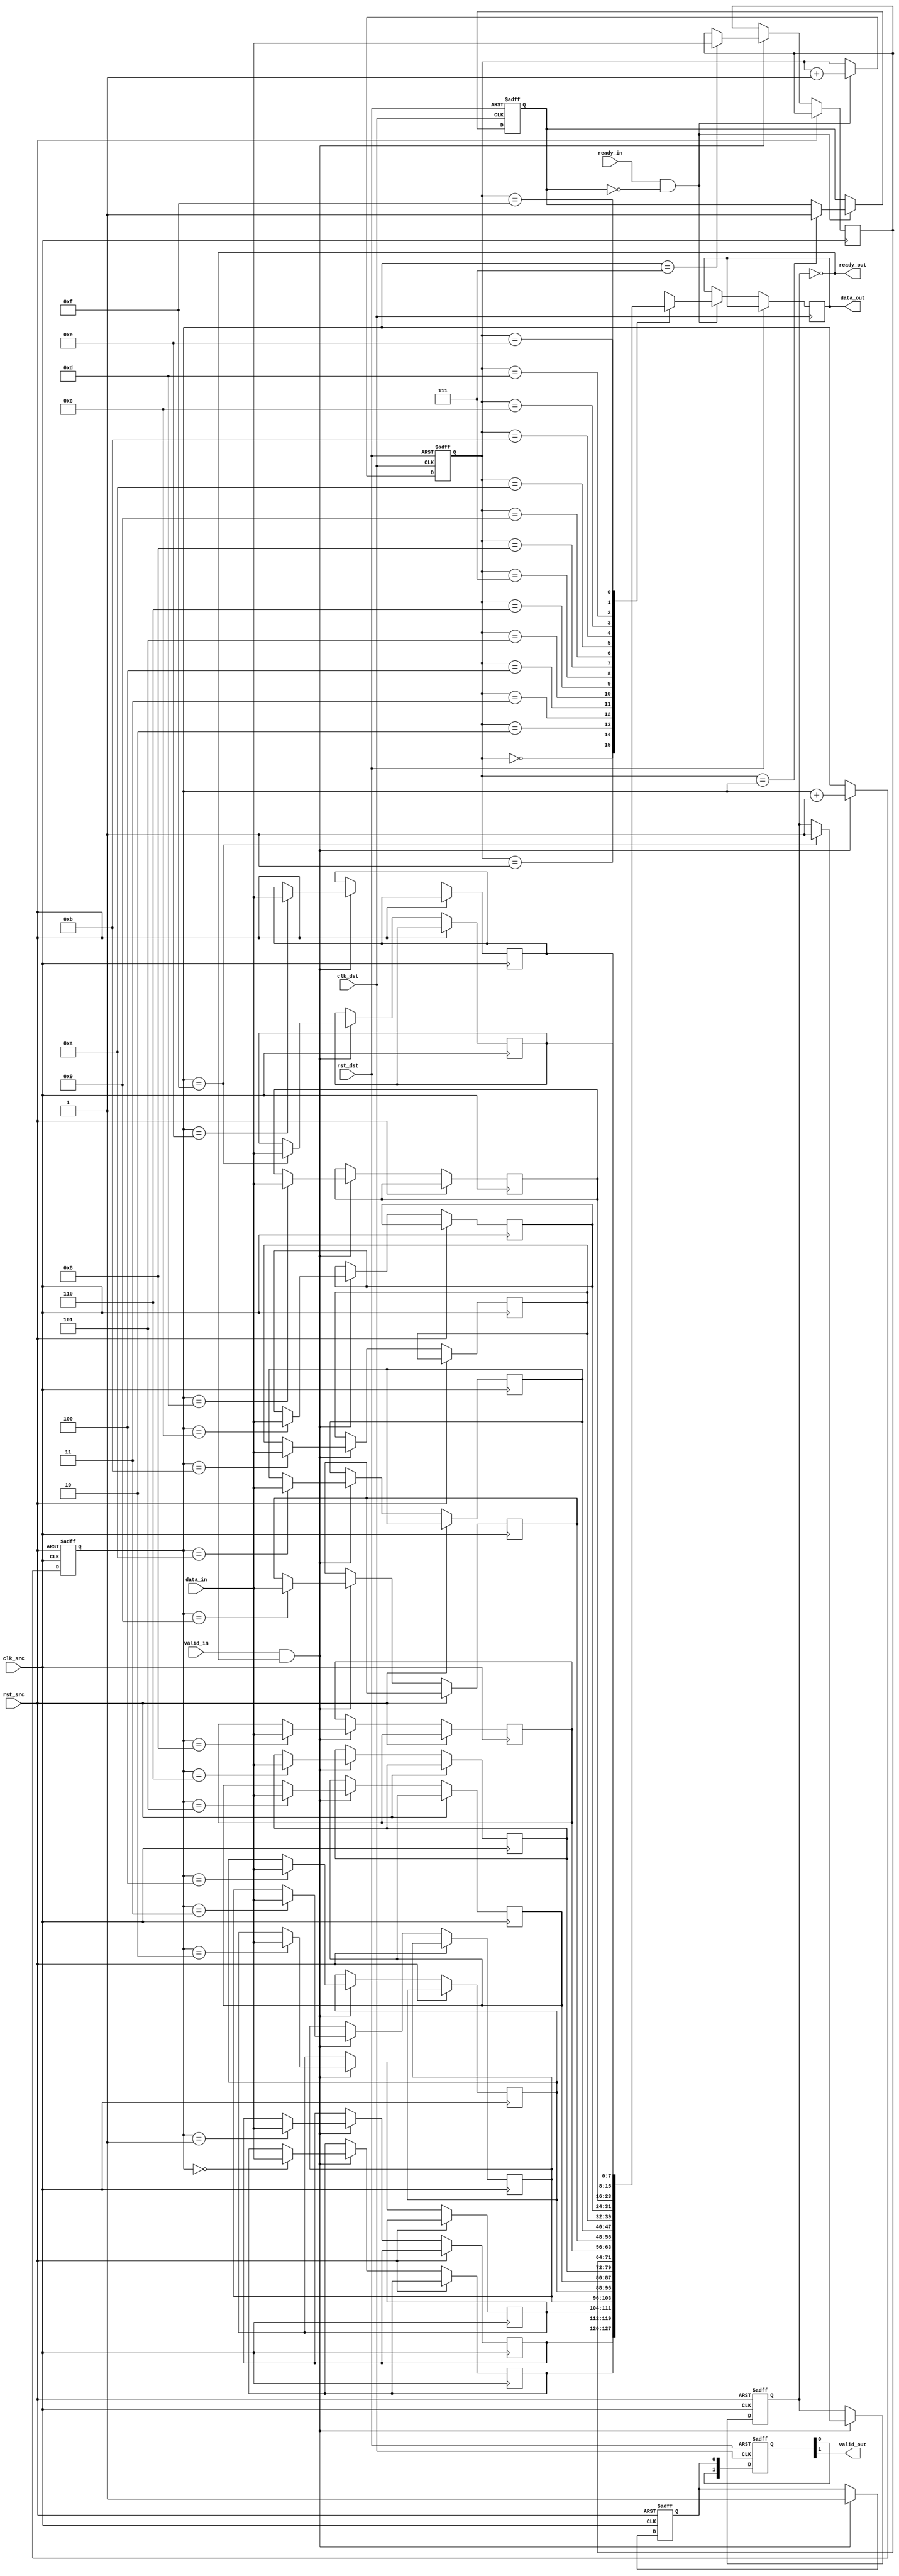
module memory_blocks_pipeline_synchronizer #(
    parameter DATA_WIDTH = 8,   // Width of the data
    parameter FIFO_DEPTH = 16    // Depth of the FIFO
)(
    input wire clk_src,          // Source clock
    input wire clk_dst,          // Destination clock
    input wire rst_src,          // Reset for source clock domain
    input wire rst_dst,          // Reset for destination clock domain
    input wire [DATA_WIDTH-1:0] data_in, // Data input from source
    input wire valid_in,         // Valid signal from source
    output wire [DATA_WIDTH-1:0] data_out, // Data output to destination
    output wire valid_out,       // Valid signal for destination
    input wire ready_in,         // Ready signal from destination
    output wire ready_out        // Ready signal for source
);

    // FIFO memory declaration
    reg [DATA_WIDTH-1:0] fifo_mem[FIFO_DEPTH-1:0];
    reg [$clog2(FIFO_DEPTH)-1:0] fifo_write_ptr;
    reg [$clog2(FIFO_DEPTH)-1:0] fifo_read_ptr;
    reg fifo_full;
    reg fifo_empty;

    // Handshaking signals
    reg valid_reg;
    reg valid_fifo;
    
    // Write to FIFO on clk_src domain
    always @(posedge clk_src or posedge rst_src) begin
        if (rst_src) begin
            fifo_write_ptr <= 0;
            fifo_full <= 0;
            valid_reg <= 0;
        end else begin
            if (valid_in && !fifo_full) begin
                fifo_mem[fifo_write_ptr] <= data_in;
                fifo_write_ptr <= fifo_write_ptr + 1;
                valid_reg <= 1;
                if (fifo_write_ptr == FIFO_DEPTH - 1) begin
                    fifo_full <= 1;
                end
            end
        end
    end

    // Read from FIFO on clk_dst domain
    always @(posedge clk_dst or posedge rst_dst) begin
        if (rst_dst) begin
            fifo_read_ptr <= 0;
            fifo_empty <= 1;
            valid_fifo <= 0;
        end else begin
            if (ready_in && !fifo_empty) begin
                data_out <= fifo_mem[fifo_read_ptr];
                fifo_read_ptr <= fifo_read_ptr + 1;
                valid_fifo <= 1;
                
                if (fifo_read_ptr == fifo_write_ptr) begin
                    fifo_empty <= 1;
                end
            end
        end
    end

    // Synchronizing valid signal
    reg [1:0] sync_valid;
    always @(posedge clk_dst or posedge rst_dst) begin
        if (rst_dst) begin
            sync_valid <= 2'b00;
        end else begin
            sync_valid <= {sync_valid[0], valid_reg};
        end
    end

    assign valid_out = sync_valid[1];
    assign ready_out = !fifo_full;

endmodule